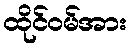
ထိုင်ဝမ်အား